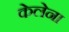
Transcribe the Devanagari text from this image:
केलेना